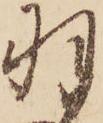
羽